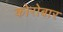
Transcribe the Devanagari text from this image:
कोरोबार